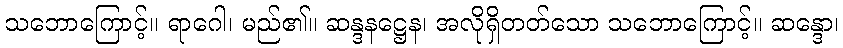
သဘောကြောင့်။ ရာဂေါ၊ မည်၏။ ဆန္ဒနဋ္ဌေန၊ အလိုရှိတတ်သော သဘောကြောင့်။ ဆန္ဒော၊